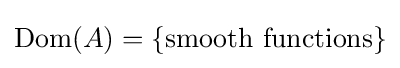
\operatorname {Dom} (A)=\left\{{\text{smooth functions}}\right\}